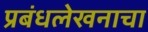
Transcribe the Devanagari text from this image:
प्रबंधलेखनाचा